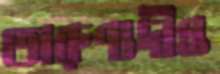
তারুণ্যদীপ্ত